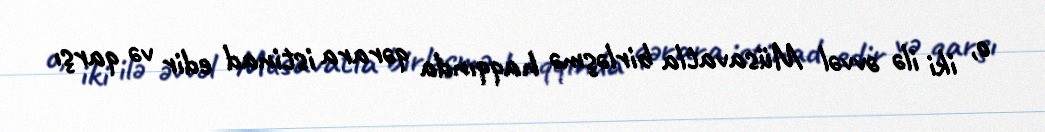
o, iki ilə əvvəl Müsavatla birləşmə haqqında qərara istinad edir və qarşı